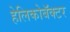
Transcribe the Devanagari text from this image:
हेलिकोबॅक्टर